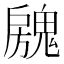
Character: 𱆝